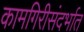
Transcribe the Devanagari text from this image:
कामगिरीसंदर्भात